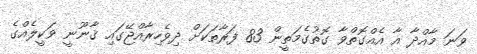
ވަނަ މާއްދާ އާ އެއްގޮތްވާ ގޮތުގެމަތީން 83 ފަރާތަކަށް ދިވެހިރާއްޖޭގައި ޤާނޫނީ ވަކީލެއްގެ